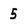
Character: 5